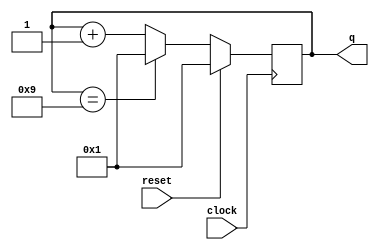
module counter_9 (clock, reset, q);

input clock, reset;
output [3:0] q;
reg [3:0] q;

always @ (posedge clock) begin
  if (reset) begin
    q = 1;

  end else if (q == 9) begin
    q = 1;

  end else begin
    q = q + 1;
  end
end

endmodule // counter_9